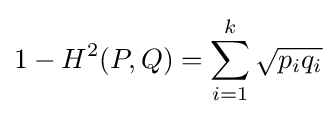
1-H^{2}(P,Q)=\sum _{i=1}^{k}{\sqrt {p_{i}q_{i}}}